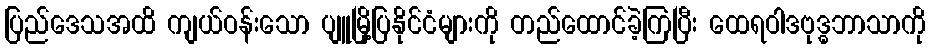
ပြည်ဒေသအထိ ကျယ်ဝန်းသော ပျူမြို့ပြနိုင်ငံများကို တည်ထောင်ခဲ့ကြပြီး ထေရဝါဒဗုဒ္ဓဘာသာကို